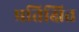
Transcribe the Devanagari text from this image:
प्रतिक्षित